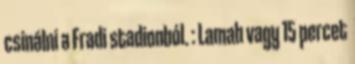
csinálni a Fradi stadionból. : Lamah vagy 15 percet